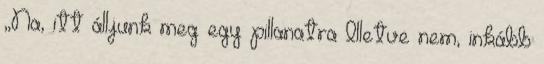
„Na, itt álljunk meg egy pillanatra Illetve nem, inkább